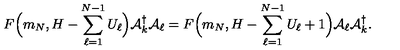
F \Big ( m _ { N } , H - \sum _ { \ell = 1 } ^ { N - 1 } { U } _ { \ell } \Big ) { \cal A } _ { k } ^ { \dagger } { \cal A } _ { \ell } = F \Big ( m _ { N } , H - \sum _ { \ell = 1 } ^ { N - 1 } { U } _ { \ell } + 1 \Big ) { \cal A } _ { \ell } { \cal A } _ { k } ^ { \dagger } .